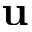
\bf { u }